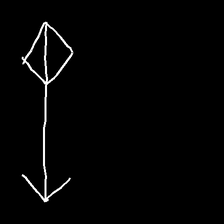
Glyph: focus